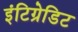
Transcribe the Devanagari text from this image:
इंटिग्रेडिट